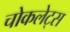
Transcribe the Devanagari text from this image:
चोकलेट्स